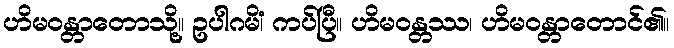
ဟိမဝန္တာတောသို့။ ဥပါဂမိံ၊ ကပ်ပြီ။ ဟိမဝန္တဿ၊ ဟိမဝန္တာတောင်၏။